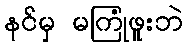
နင်မှ မကြုံဖူးဘဲ